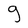
Character: g